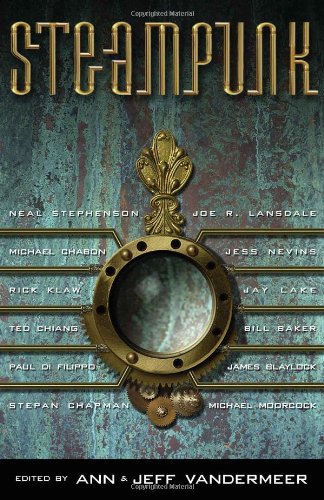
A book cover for Steampunk; Science Fiction & Fantasy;